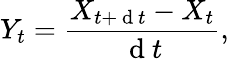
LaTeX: Y_{t}=\frac{X_{t+\mathrm{~d~}t}-X_{t}}{\mathrm{~d~}t},